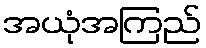
အယုံအကြည်